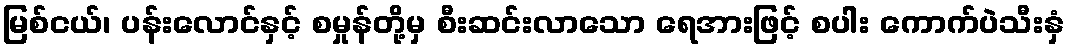
မြစ်ငယ်၊ ပန်းလောင်နှင့် စမှုန်တို့မှ စီးဆင်းလာသော ရေအားဖြင့် စပါး ကောက်ပဲသီးနှံ